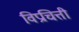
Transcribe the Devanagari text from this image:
विप्रचित्ती